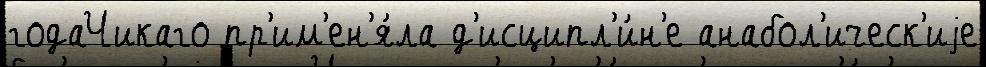
годаЧикаго пр'им'ен'я́ла д'исципл'и́н'е анабол'ическ'иjе